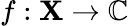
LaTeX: f:\mathbf{X}\to\mathbb{{C}}